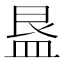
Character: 𭾁